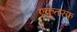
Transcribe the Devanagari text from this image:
एकतरफ